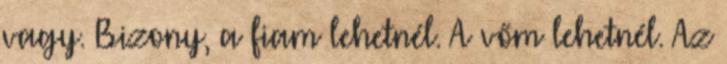
vagy. Bizony, a fiam lehetnél. A vőm lehetnél. Az